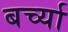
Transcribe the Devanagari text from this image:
बर्च्या